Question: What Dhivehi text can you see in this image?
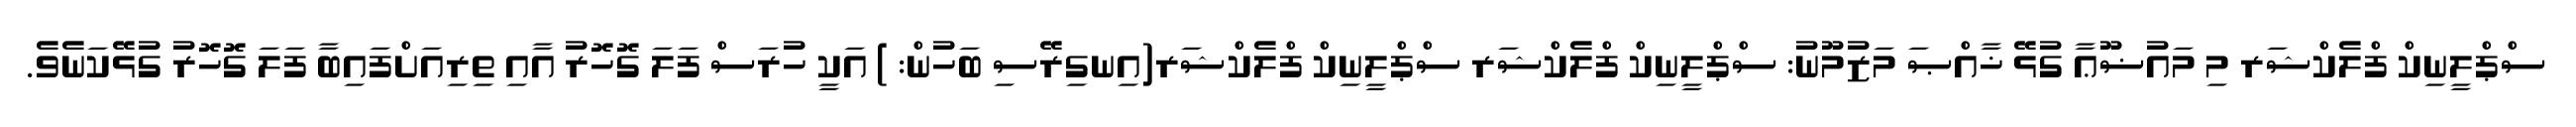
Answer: ސްޕްލީނިކް ފްލެކްޝަރ މި މައުޟޫޢާ ގުޅޭ ޚާއްޞަ މަޒުމޫނު: ސްޕްލީނިކް ފްލެކްޝަރ ސްޕްލީނިކް ފްލެކްޝަރ(އިނގިރޭސި ބަހުން: ) އަކީ ހުރަސް ފަލަ ގޮހޮރު އާއި ތިރިއަށްފައިބާ ފަލަ ގޮހޮރު ގުޅޭކަނެވެ.